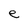
Character: e